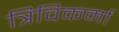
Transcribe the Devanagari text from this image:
त्रिविकर्मा